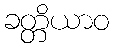
ခတ္တိယာဝ